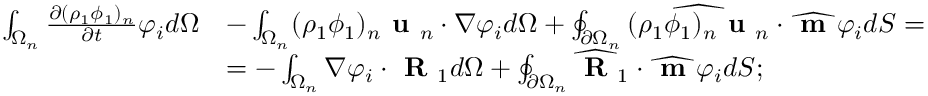
\begin{array} { r l } { \int _ { \Omega _ { n } } \frac { \partial ( \rho _ { 1 } \phi _ { 1 } ) _ { n } } { \partial t } \varphi _ { i } d \Omega } & { - \int _ { \Omega _ { n } } ( \rho _ { 1 } \phi _ { 1 } ) _ { n } \textbf { u } _ { n } \cdot \nabla \varphi _ { i } d \Omega + \oint _ { \partial \Omega _ { n } } \widehat { ( \rho _ { 1 } \phi _ { 1 } ) _ { n } \textbf { u } _ { n } } \cdot \widehat { \textbf { m } } \varphi _ { i } d S = } \\ & { = - \int _ { \Omega _ { n } } \nabla \varphi _ { i } \cdot \textbf { R } _ { 1 } d \Omega + \oint _ { \partial \Omega _ { n } } \widehat { \textbf { R } } _ { 1 } \cdot \widehat { \textbf { m } } \varphi _ { i } d S ; } \end{array}